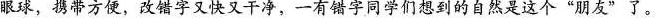
眼球，携带方便，改错字又快又干净，一有错字同学们想到的自然是这个”朋友”了。